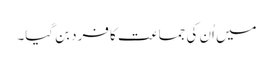
میں اُن کی جماعت کا فرد بن گیا۔